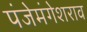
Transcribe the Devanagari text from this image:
पंजेमंगेशराव